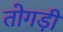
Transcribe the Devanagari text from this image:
तोगड़ी